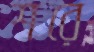
শরে